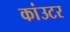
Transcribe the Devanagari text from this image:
कांउटर